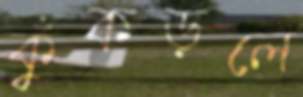
কুঁকড়লে